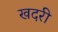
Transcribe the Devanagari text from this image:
खदरी